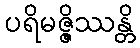
ပရိမဇ္ဇိဿန္တိ